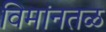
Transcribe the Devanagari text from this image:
विमांनतळ